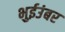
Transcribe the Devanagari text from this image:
भुईउंबर